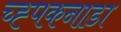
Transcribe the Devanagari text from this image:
च्ह्पकनाडा